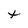
Character: t